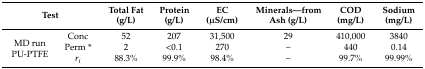
<table><thead><tr><td colspan="2"><b>Test</b></td><td><b>Total Fat (g/L)</b></td><td><b>Protein (g/L)</b></td><td><b>EC (μS/cm)</b></td><td><b>Minerals—from Ash (g/L)</b></td><td><b>COD (mg/L)</b></td><td><b>Sodium (mg/L)</b></td></tr></thead><tbody><tr><td rowspan="3">MD run PU-PTFE</td><td>Conc</td><td>52</td><td>207</td><td>31,500</td><td>29</td><td>410,000</td><td>3840</td></tr><tr><td>Perm *</td><td>2</td><td>&lt;0.1</td><td>270</td><td>–</td><td>440</td><td>0.14</td></tr><tr><td><i>r<sub>i</sub></i></td><td>88.3%</td><td>99.9%</td><td>98.4%</td><td>–</td><td>99.7%</td><td>99.99%</td></tr></tbody></table>